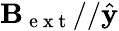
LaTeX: \mathbf{B}_{\mathrm{~e~x~t~}}//\hat{\mathbf{y}}